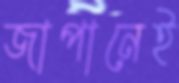
জাপানেই